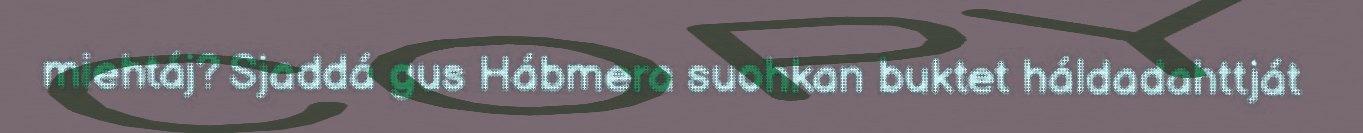
miehtáj? Sjaddá gus Hábmera suohkan buktet háldadahttját